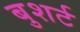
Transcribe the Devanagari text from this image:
बुशर्ट